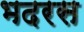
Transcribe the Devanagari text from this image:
भदरस